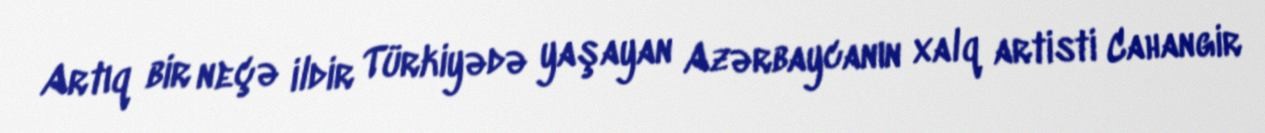
Artıq bir neçə ildir Türkiyədə yaşayan Azərbaycanın xalq artisti Cahangir